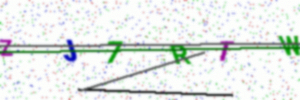
Text: ZJ7RTW